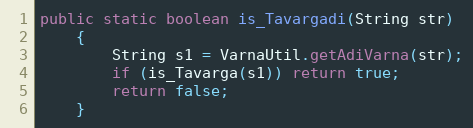
Language: Java
public static boolean is_Tavargadi(String str)
    {
        String s1 = VarnaUtil.getAdiVarna(str);
        if (is_Tavarga(s1)) return true;
        return false;
    }